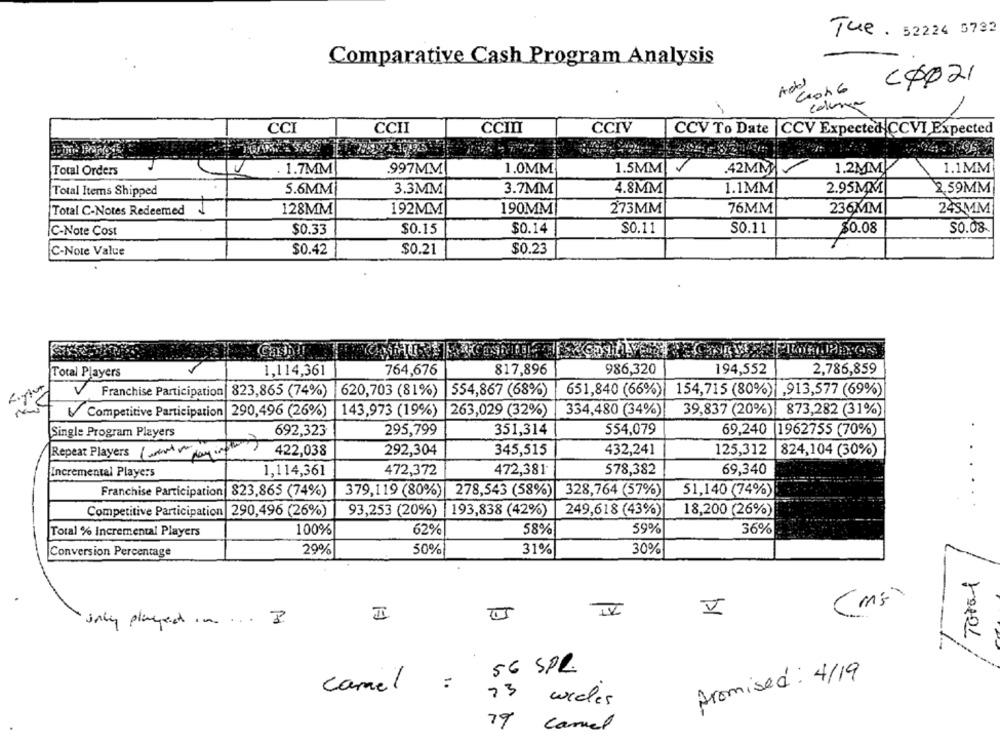
Tue . 52224 5792
Comparative Cash Program Analysis
COP21
colure
CCI
CCHI
CCINI
CCIV
CCV To Date | CCV Expected CCVI Expected
. 1.7MM
.997MM
1.0MM
1.5MM
.42MM
1.2MM
1.1MM
Total Orders
Total Items Shipped
5.6MM¡
3.3MM
3.7MM
4.8MM
1.1MM
2.95MM
2.59MM
Total C-Notes Redeemed
128MM
192MM
190MM
273MM
76MM
236MM
245MM
C-Note Cost
$0.33
$0.15
$0.14
$0.11
S0.11
$0.08
$0.08
C-Note Value
$0.42
$0.21
$0.23
Cash ?!
764,676
817,896
986,320
194,552
2,786,859
Total Players
1,114,361
Franchise Participation
823,865 (74%)
620,703 (81%)
554,867 (68%)
651,840 (66%)| 154,715 (80%)| ,913,577 (69%)
Competitive Participation 290,496 (26%)
143,973 (19%)
263,029 (32%)
334,480 (34%)
39,837 (20%) 873,282 (31%)
295,799
351,314
554,079
69,240 1962755 (70%)
Single Program Players
692,323
Repeat Players ( went play in)
422,038
292,304
345,515
432,241
125,312
824,104 (30%)
Incremental Players
1,114,361
472,372
472,381
578,382
69,340
Franchise Participation 823,865 (74%)
379,119 (80%) 278,543 (58%)
328,764 (57%)
51,140 (74%)
Competitive Participation 290,496 (26%)
93,253 (20%) | 193,838 (42%)
249,618 (43%)
18,200 (26%)
...
Total % Incremental Players
100%
62%
58%
59%
36%
29%
30%
Conversion Percentage
50%
31%
Total
IV
only played ... ... B
I
56 SPR.
promised: 4/19
camel
:
73
wieles
79
camel